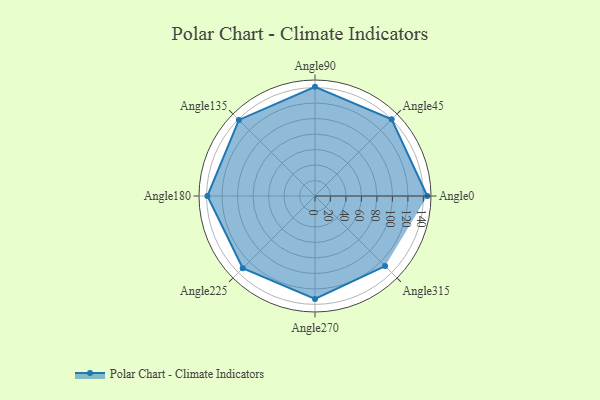
{"axis": {"x": "Angle", "y": "Radius"}, "legend": [""], "data": [{"x": "Angle0", "y": 145.0, "type": ""}, {"x": "Angle45", "y": 140.0, "type": ""}, {"x": "Angle90", "y": 141.0, "type": ""}, {"x": "Angle135", "y": 139.0, "type": ""}, {"x": "Angle180", "y": 139.0, "type": ""}, {"x": "Angle225", "y": 132.0, "type": ""}, {"x": "Angle270", "y": 133.0, "type": ""}, {"x": "Angle315", "y": 128.0, "type": ""}]}